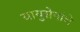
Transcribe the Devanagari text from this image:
वायुसेनांचे